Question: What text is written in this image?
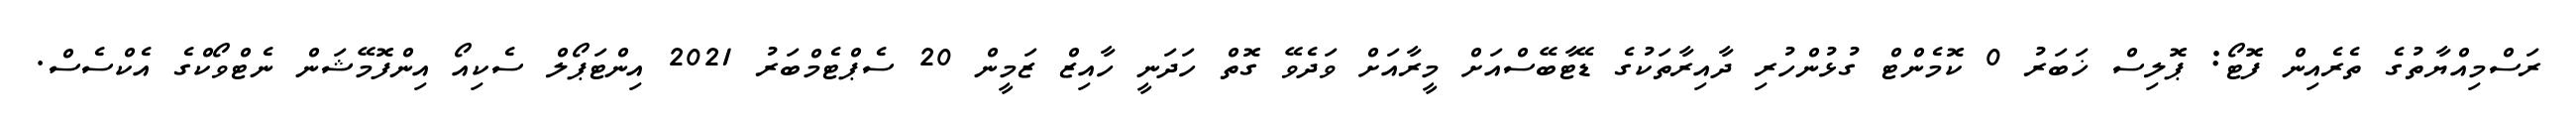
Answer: ރަސްމިއްޔާތުގެ ތެރެއިން ފޮޓޯ: ޕޮލިސް ޚަބަރު 0 ކޮމެންޓް ގުޅުންހުރި ދާއިރާތަކުގެ ޑޭޓާބޭސްއަށް މީރާއަށް ވަދެވޭ ގޮތް ހަދަނީ ހާއިޒް ޒަމީން 20 ސެޕްޓެމްބަރު 2021 އިންޓަޕޯލް ސެކިއޯ އިންފޮމޭޝަން ނެޓްވޯކްގެ އެކްސެސް.